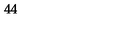
4 4